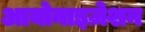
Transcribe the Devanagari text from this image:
आयोनाइज़ेशन